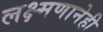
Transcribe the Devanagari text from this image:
लक्ष्मणानेही